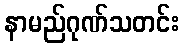
နာမည်ဂုဏ်သတင်း